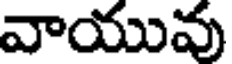
వాయువు